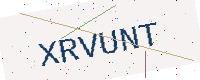
Text: XRVUNT